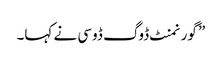
” گورنمنٹ ڈوگ ڈوسی نے کہا۔